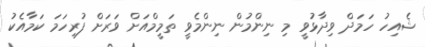
ޝެއިހު ހަމަދް ވިދާޅުވީ މި ނިންމުން ނިންމެވީ ތަމީމްއަށް ވަރަށް ފުރިހަމަ ކަމާއެކު